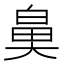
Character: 𮮰